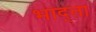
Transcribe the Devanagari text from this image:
भाद्ता